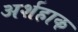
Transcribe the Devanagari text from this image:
अर्शहाक